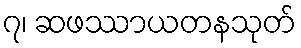
၇၊ ဆဖဿာယတနသုတ်